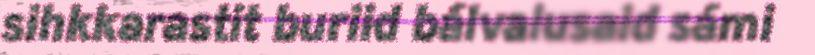
sihkkarastit buriid bálvalusaid sámi